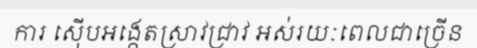
ការ ស៊ើបអង្កេតស្រាវជ្រាវ អស់រយៈពេលជាច្រើន